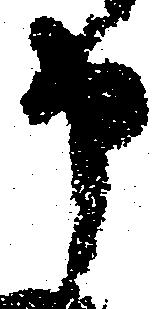
申